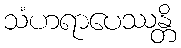
သံဟရာပေဿန္တိ